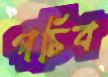
পচিব